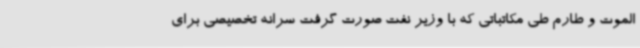
الموت و طارم طی مکاتباتی که با وزیر نفت صورت گرفت سرانه تخصیصی برای